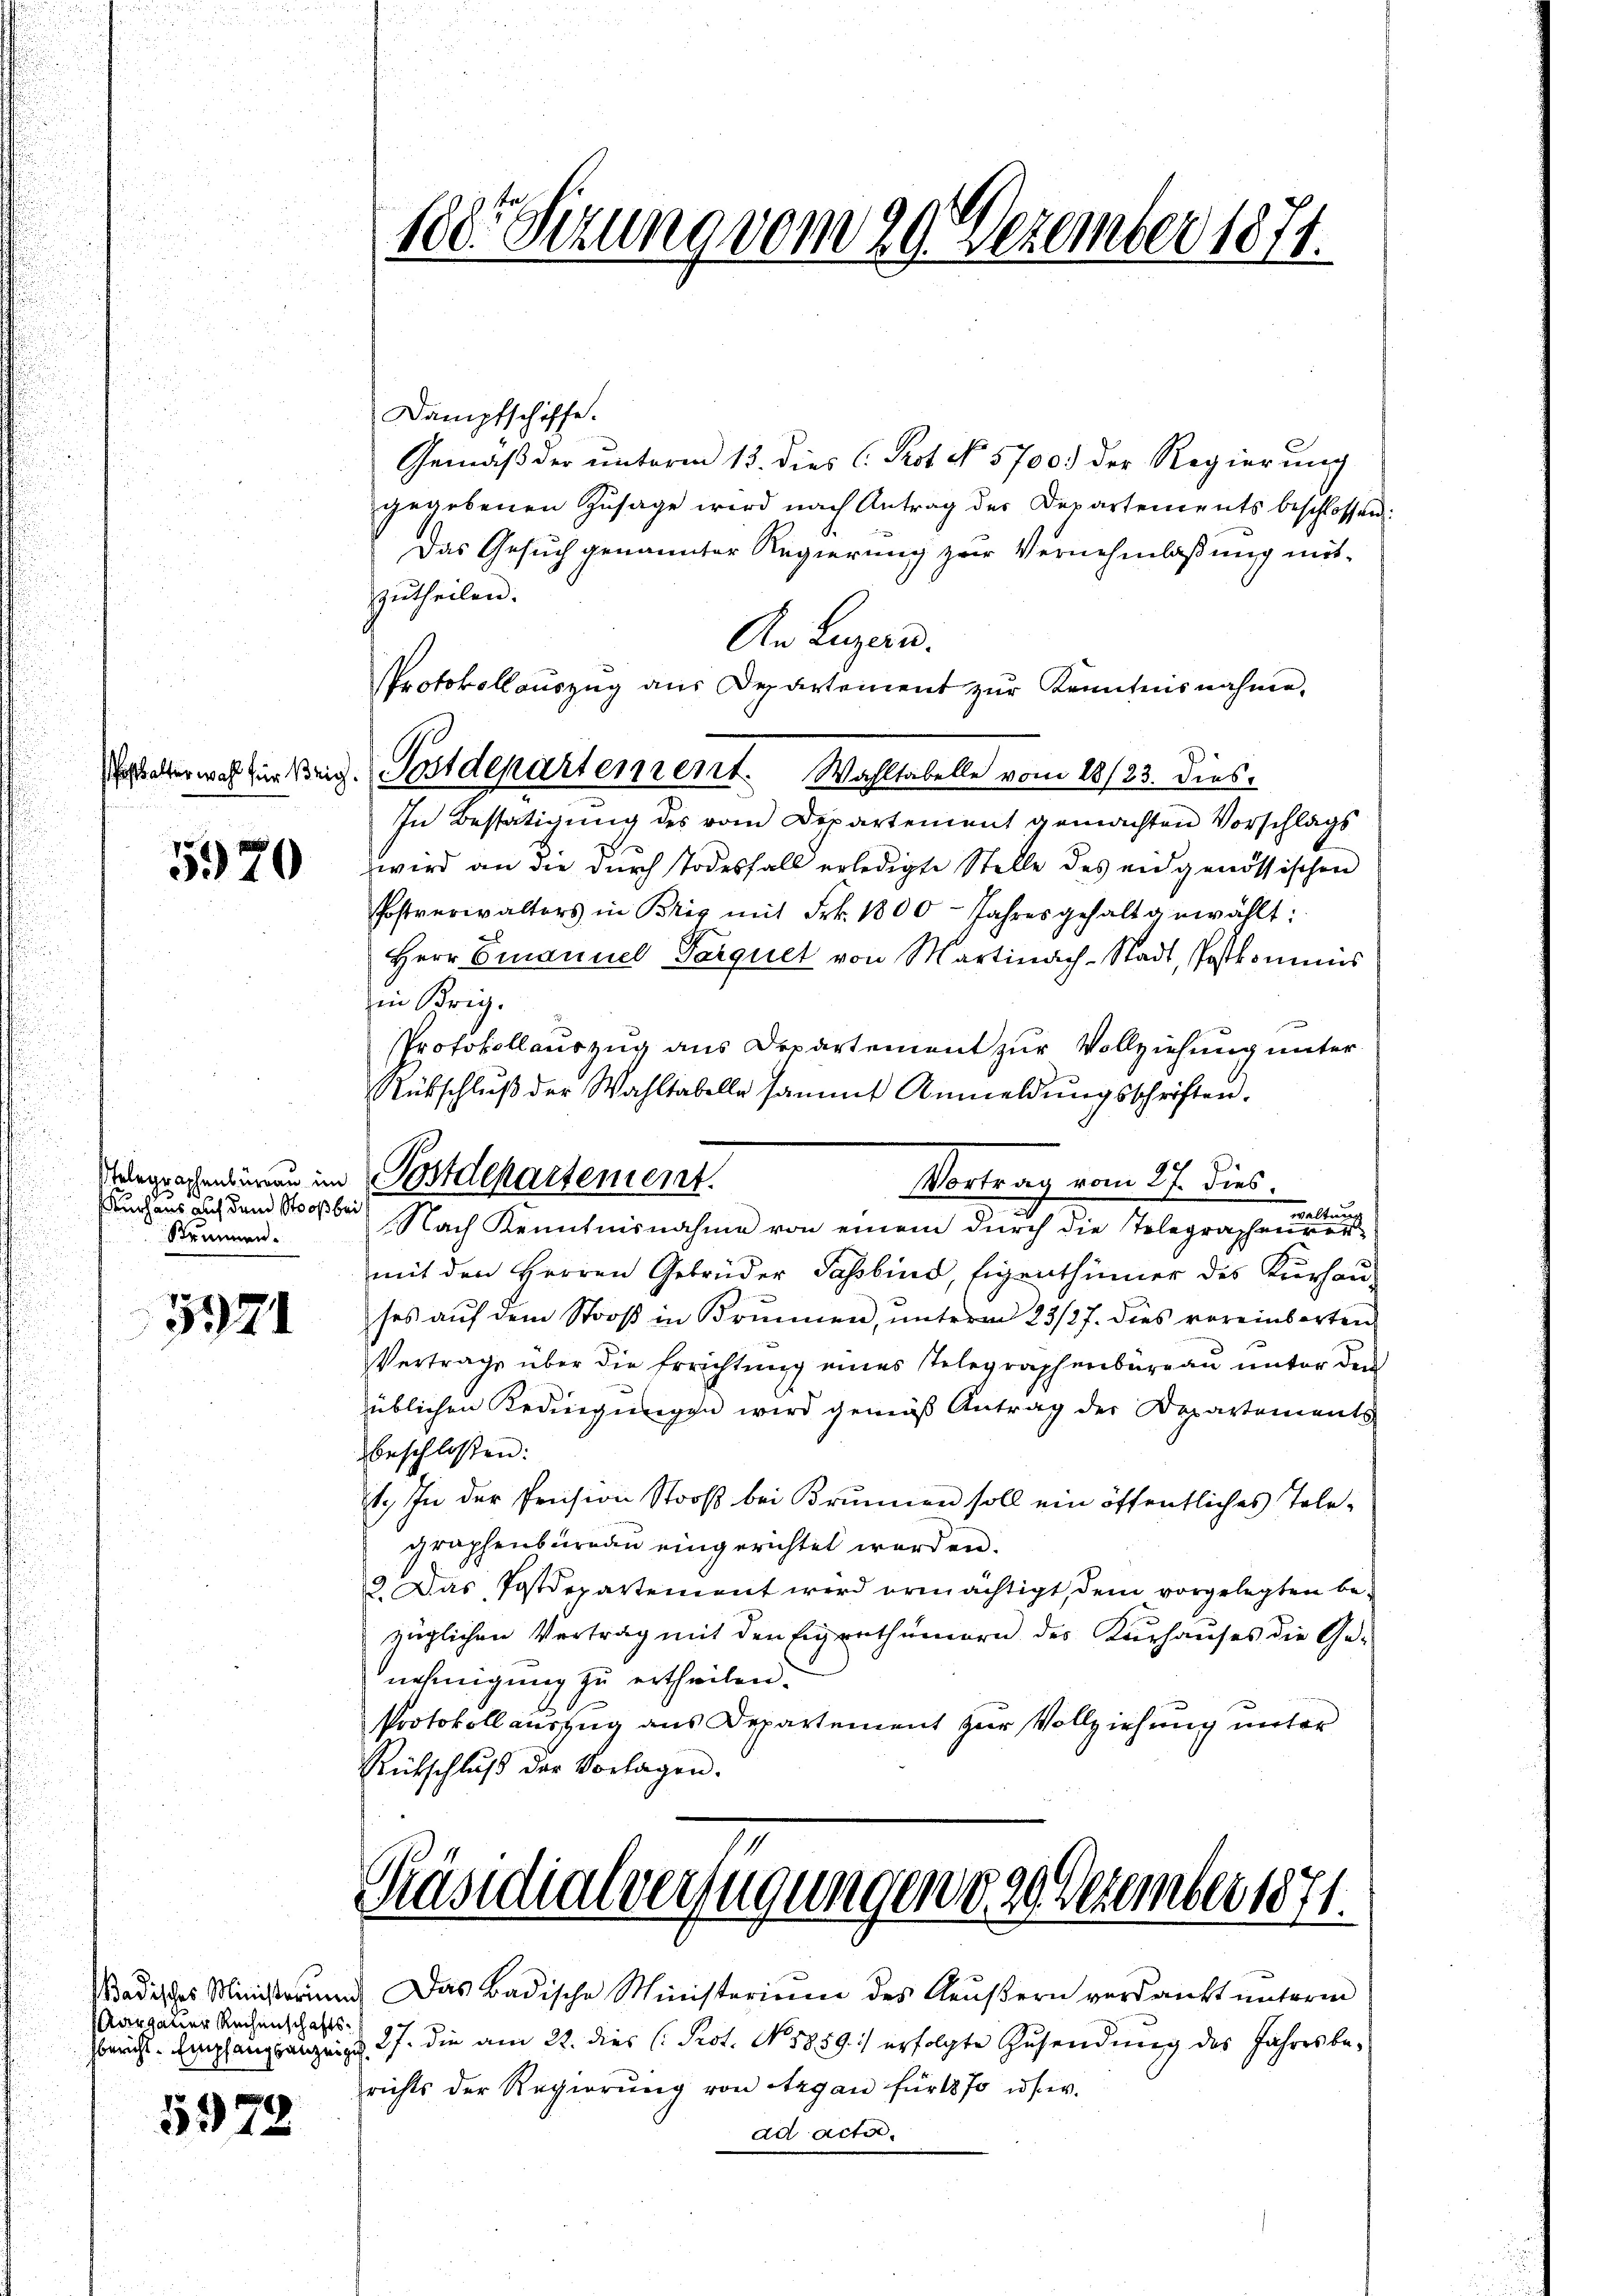
5970

Kuchaus auch dem Stoos bei
Stummen.

5971

Margauer Rechenschaftsbericht-Empfangsanzeig

5978

100. Sizung vom 29. Dezember 1871.

Dampfschiffe.
Gemäß der unterm 13. dies C. Prot. No 5700. der Regierung
gegebenen Zŭsage wird nach Antrag der Departements beschlossen:
Das Gesuch genannter Regierung zur Vernehmlassung mitzutheilen.
An Luzern.
In Bestätigung des vom Departement gemachten Vorschlags
wird an die durch Todesfall erledigte Stelle des eidgenössischen
Postverwalters in Brig mit Frk. 1800. Jahres gehalt gewählt:
Herr Emanuel Tarquet von Martinach-Stadt, Postkominis
Protokollauszug aus Departement zur Vollziehung unter
Rübschlŭβ der Wahltabelle sammt Anmeldŭngsschriften.
Vergrechentiren in Postdepartement.
Vortrag vom 17. dies.
waltung
Nach Kenntnisnahme von einem durch die Telegraphenvermit den Herren Gebrüder Passbind, Eigenthümer des Kurhau-
ses auf dem Stooß in Brunnen, unterm 23/27. dies vereinbarten
Vertrage über die Errichtung eines Telegraphenburgau unter den
üblichen Redingungen wird gemäß Antrag der Departements
beschlossen:
1. In der Prision Stooβ bei Brŭnnen soll ein öffentliches Tele-
graphenbüreau eingerichtet werden.
2. Das Postdepartement wird ermächtigt, dem vorgelegten bezüglichen Vertrag mit den Eigenthümern des Kurhauses die Ge-
nehmigung zu ertheilen.
Protokollauszug aus Departement zur Vollziehung unter
Rückschluß der Vorlagen.

Protokollauszug aus Departement zur Kenntnisnahme.
Waber was für Beig. Postdepartement. Wahltabelle vom 18/23. dies

in Krig.

Präsidialverfügungen das Dezember 1871.

richts der Regierŭng von Argau für 1870 u. s. w.
ad acter

Badisches Ministerŭng. Das Badische Ministerium des Aeŭβern verdankt unterm
27. die am 22. dies Prot. No. 1859 erfolgte Zŭsendŭng des Jahresbe-